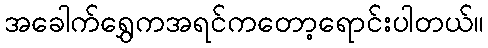
အခေါက်ရွှေကအရင်ကတော့ရောင်းပါတယ်။